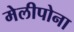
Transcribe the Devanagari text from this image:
मेलीपोना